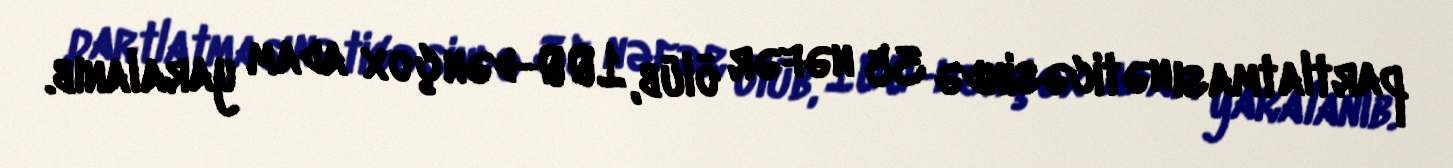
partlatması nəticəsində 35 nəfər ölüb, 100-dən çox adam yaralanıb.